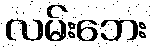
လမ်းဘေး